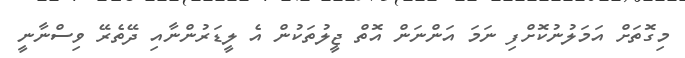
މިގޮތަށް އަމަލުނުކޮށްފި ނަމަ އަންނަން އޮތް ޖީލުތަކުން އެ ލީޑަރުންނާއި ދޭތެރޭ ވިސްނާނީ